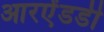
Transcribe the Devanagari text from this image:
आरऐंडडी